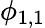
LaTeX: \phi_{1,1}